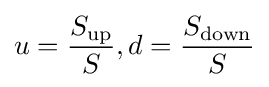
u={\frac {S_{\text{up}}}{S}},d={\frac {S_{\text{down}}}{S}}